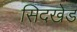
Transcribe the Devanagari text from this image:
सिदखेड